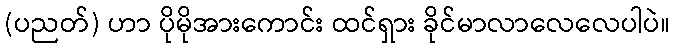
(ပညတ်) ဟာ ပိုမိုအားကောင်း ထင်ရှား ခိုင်မာလာလေလေပါပဲ။